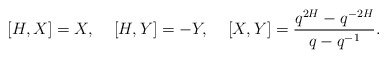
\begin{align*}[H,X]=X, \;\;\;\; [H,Y]=-Y, \;\;\;\;[X,Y]=\frac{q^{2H}-q^{-2H}}{q-q^{-1}}.\end{align*}